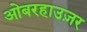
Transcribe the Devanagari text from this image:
ओबरहाउज़र